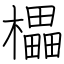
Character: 櫑